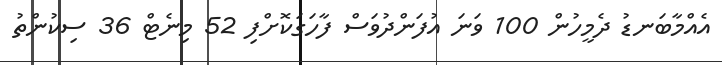
އެއްމާބަނޑު ދެމީހުން 100 ވަނަ އުފަންދުވަސް ފާހަގަކޮށްފި 52 މިނެޓް 36 ސިކުންތު